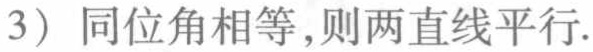
（3）同位角相等，则两直线平行.